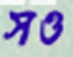
সও